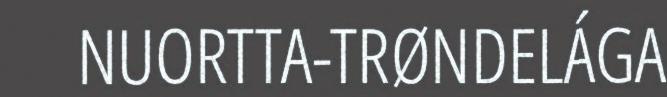
NUORTTA-TRØNDELÁGA